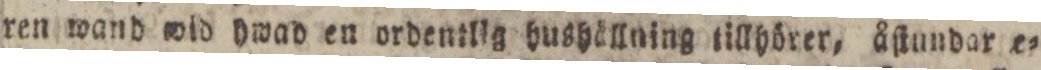
ren wand wid hwad en ordentlig hushällning tillhörer, åſtundar e=